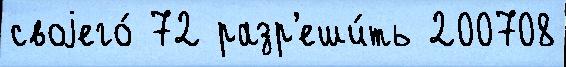
своjего́ 72 разр'еши́ть 200708